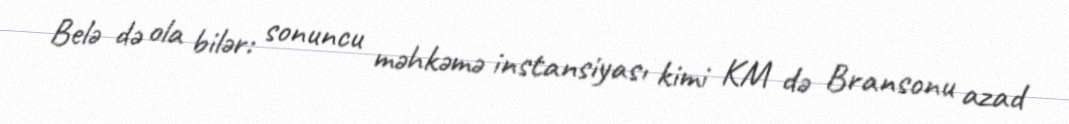
Belə də ola bilər: sonuncu məhkəmə instansiyası kimi KM də Bransonu azad